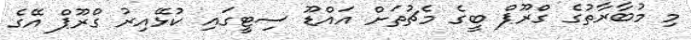
މި މުބާރާތުގެ ގްރޫޕް ބީގެ މެޗުތަށް އައްޑޫ ސިޓީގައި ކުޅޭއިރު ގްރޫޕް އޭގެ